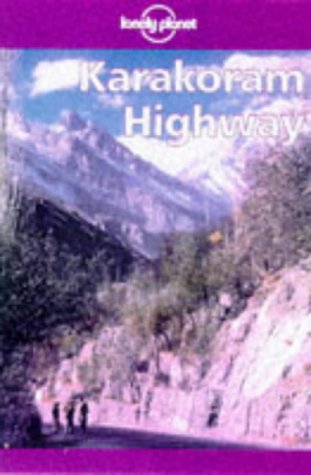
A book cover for Lonely Planet Karakoram Highway; John King; Travel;